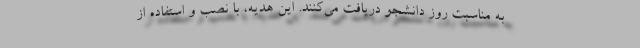
به مناسبت روز دانشجو دریافت می‌کنند. این هدیه، با نصب و استفاده از